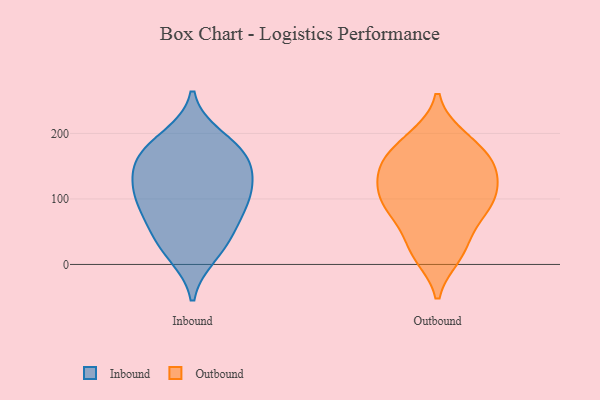
{"axis": {"x": "Active Users", "y": "Value"}, "legend": ["Inbound", "Outbound"], "data": [{"x": "", "y": 98, "type": "Inbound"}, {"x": "", "y": 114, "type": "Inbound"}, {"x": "", "y": 83, "type": "Inbound"}, {"x": "", "y": 54, "type": "Inbound"}, {"x": "", "y": 164, "type": "Inbound"}, {"x": "", "y": 149, "type": "Inbound"}, {"x": "", "y": 53, "type": "Inbound"}, {"x": "", "y": 113, "type": "Inbound"}, {"x": "", "y": 105, "type": "Inbound"}, {"x": "", "y": 194, "type": "Inbound"}, {"x": "", "y": 24, "type": "Inbound"}, {"x": "", "y": 15, "type": "Inbound"}, {"x": "", "y": 150, "type": "Inbound"}, {"x": "", "y": 164, "type": "Inbound"}, {"x": "", "y": 183, "type": "Inbound"}, {"x": "", "y": 156, "type": "Outbound"}, {"x": "", "y": 84, "type": "Outbound"}, {"x": "", "y": 82, "type": "Outbound"}, {"x": "", "y": 29, "type": "Outbound"}, {"x": "", "y": 95, "type": "Outbound"}, {"x": "", "y": 167, "type": "Outbound"}, {"x": "", "y": 159, "type": "Outbound"}, {"x": "", "y": 16, "type": "Outbound"}, {"x": "", "y": 13, "type": "Outbound"}, {"x": "", "y": 93, "type": "Outbound"}, {"x": "", "y": 154, "type": "Outbound"}, {"x": "", "y": 60, "type": "Outbound"}, {"x": "", "y": 195, "type": "Outbound"}, {"x": "", "y": 121, "type": "Outbound"}, {"x": "", "y": 117, "type": "Outbound"}, {"x": "", "y": 145, "type": "Outbound"}, {"x": "", "y": 116, "type": "Outbound"}, {"x": "", "y": 195, "type": "Outbound"}]}